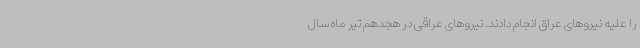
را علیه نیروهای عراق انجام دادند. نیروهای عراقی در هجدهم تیر ماه سال